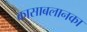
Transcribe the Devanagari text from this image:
कासाबलानका